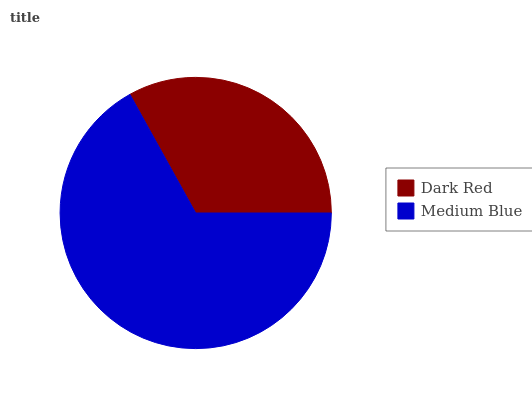
| Dark Red | Medium Blue |
 | --- | --- |
 | 33.1% | 66.9% |